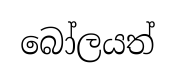
බෝලයත්